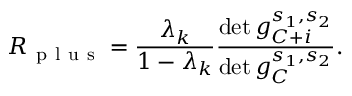
R _ { \mathrm { ~ p ~ l ~ u ~ s ~ } } = \frac { \lambda _ { k } } { 1 - \lambda _ { k } } \frac { \operatorname* { d e t } g _ { C + i } ^ { s _ { 1 } , s _ { 2 } } } { \operatorname* { d e t } g _ { C } ^ { s _ { 1 } , s _ { 2 } } } .